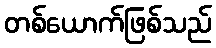
တစ်ယောက်ဖြစ်သည်